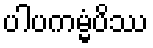
ပါပကမ္မံပိဿ